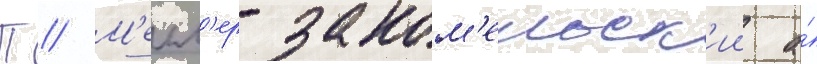
П // М'елл'ер-заком'ельск'ии а́